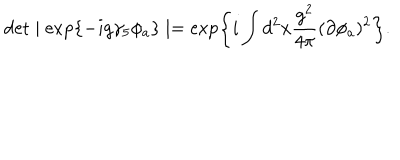
\det \mid \exp \{ - i g \gamma _ { 5 } \phi _ { a } \} \mid = \exp \left\{ i \int d ^ { 2 } x \frac { g ^ { 2 } } { 4 \pi } ( \partial \phi _ { a } ) ^ { 2 } \right\} .